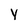
Character: y